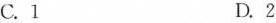
C.1 D.2